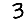
Digit: 3